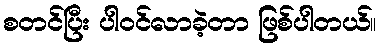
စတင်ပြီး ပါဝင်လာခဲ့တာ ဖြစ်ပါတယ်။